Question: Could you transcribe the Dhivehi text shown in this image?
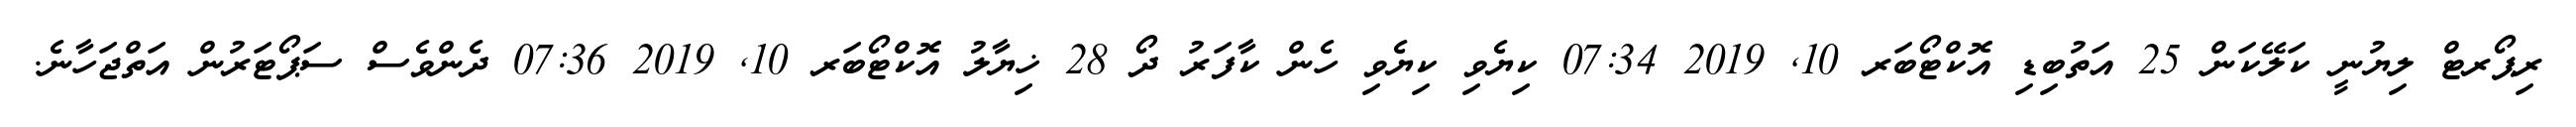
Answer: ރިޕޯރޓް ލިޔުނީ ކަލޭކަން 25 އަތުބިޑި އޮކްޓޯބަރ 10, 2019 07:34 ކިޔެވި ކިޔެވި ހެން ކާފަރު ދޯ 28 ޚިޔާލު އޮކްޓޯބަރ 10, 2019 07:36 ދެންވެސް ސަޕޯޓަރުން އަތްޖަހާނެ.